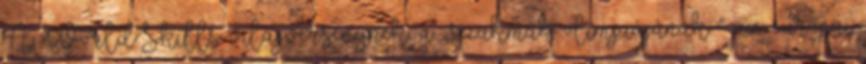
A WorldSkills világversenynek, a „szakmák olimpiájának ” az európai